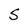
Character: S